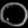
Digit: ၀